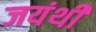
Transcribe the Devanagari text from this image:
जयंथी